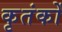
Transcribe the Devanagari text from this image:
कृतंकों